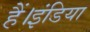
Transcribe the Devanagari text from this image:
हैं।इंडिया